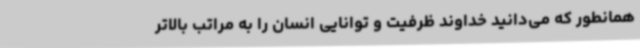
همانطور که می‌دانید خداوند ظرفیت و توانایی انسان را به مراتب بالاتر